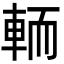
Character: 輀